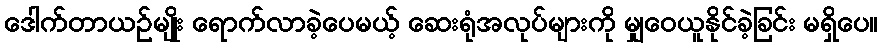
ဒေါက်တာယဉ်မျိုး ရောက်လာခဲ့ပေမယ့် ဆေးရုံအလုပ်များကို မျှဝေယူနိုင်ခဲ့ခြင်း မရှိပေ။